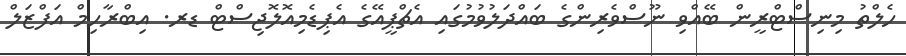
ހެލްތު މިނިސްޓްރީން ބޭއްވި ނޫސްވެރިންގެ ބައްދަލުވުމުގައި އެޗްޕީއޭގެ އެޕިޑެމިއޮލޮޖިސްޓް ޑރ. އިބްރާހިމް އަފްޒަލް